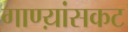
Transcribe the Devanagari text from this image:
गाण्य़ांसकट